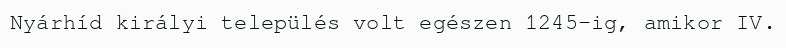
Nyárhíd királyi település volt egészen 1245-ig, amikor IV.